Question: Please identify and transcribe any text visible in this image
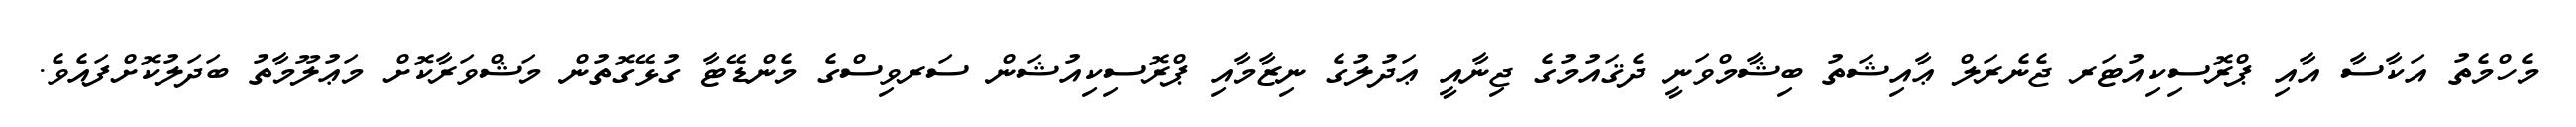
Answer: މެހްމެތު އަކާސާ އާއި ޕްރޮސިކިއުޓަރ ޖެނެރަލް ޢާއިޝަތު ބިޝާމްވަނީ ދެޤައުމުގެ ޖިނާއީ ޢަދުލުގެ ނިޒާމާއި ޕްރޮސިކިއުޝަން ސަރވިސްގެ މެންޑޭޓާ ގުޅޭގޮތުން މަޝްވަރާކޮށް މަޢުލޫމާތު ބަދަލުކޮށްފައެވެ.